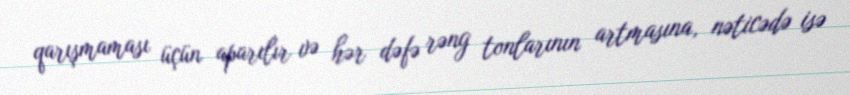
qarışmaması üçün aparılır və hər dəfə rəng tonlarının artmasına, nəticədə isə